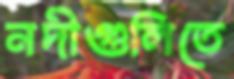
নদীগুলিতে